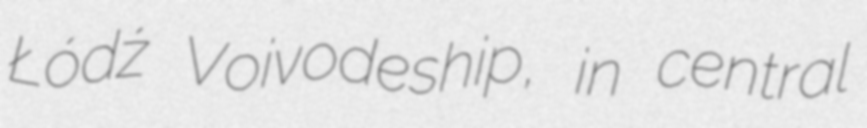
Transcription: Łódź Voivodeship, in central